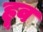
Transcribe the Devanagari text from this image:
हूव